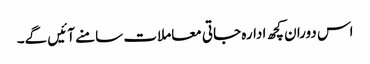
اس دوران کچھ ادارہ جاتی معاملات سامنے آئیں گے۔